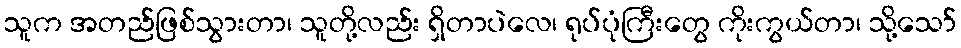
သူက အတည်ဖြစ်သွားတာ၊ သူတို့လည်း ရှိတာပဲလေ၊ ရုပ်ပုံကြီးတွေ ကိုးကွယ်တာ၊ သို့သော်